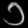
Digit: ၁